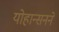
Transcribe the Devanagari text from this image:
योहान्सनने